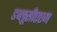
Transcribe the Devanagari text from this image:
डब्लूसीएएम